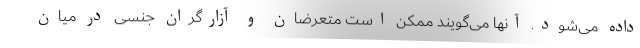
داده می‌شود. آنها می‌گویند ممکن است متعرضان و آزارگران جنسی در میان